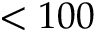
< 1 0 0